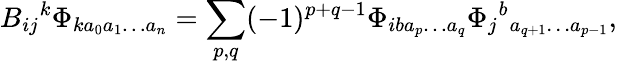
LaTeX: B_{ij}{}^{k}\Phi_{ka_{0}a_{1}\ldots a_{n}}=\sum_{p,q}(-1)^{p+q-1}\Phi_{iba_{p}\ldots a_{q}}\Phi_{j}{}^{b}{}_{a_{q+1}\ldots a_{p-1}},